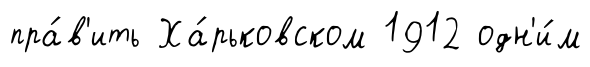
пра́в'ить Ха́рьковском 1912 одн'и́м